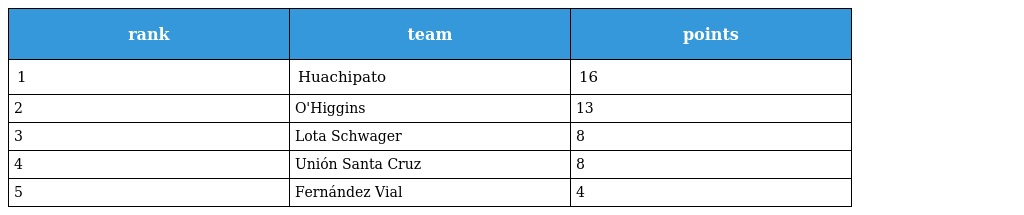
| rank | team | points |
 | --- | --- | --- |
 | 1 | Huachipato | 16 |
 | 2 | O'Higgins | 13 |
 | 3 | Lota Schwager | 8 |
 | 4 | Unión Santa Cruz | 8 |
 | 5 | Fernández Vial | 4 |